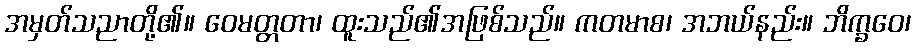
အမှတ်သညာတို့၏။ ဝေမတ္တတာ၊ ထူးသည်၏အဖြစ်သည်။ ကတမာစ၊ အဘယ်နည်း။ ဘိက္ခဝေ၊